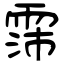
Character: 霈